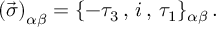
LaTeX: \left( \vec { \sigma } \right) _ { \alpha \beta } = \{ - \tau _ { 3 } \, , \, i \, , \, \tau _ { 1 } \} _ { \alpha \beta } \, .